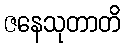
ဇနေသုတာတိ